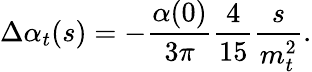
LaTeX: \Delta\alpha_{t}(s)=-{\frac{\alpha(0)}{3\pi}}{\frac{4}{15}}{\frac{s}{m_{t}^{2}}}.